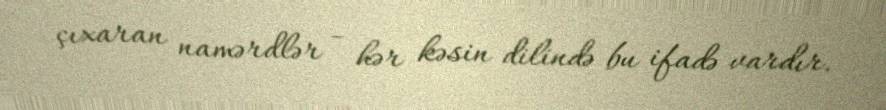
çıxaran namərdlər - hər kəsin dilində bu ifadə vardır.